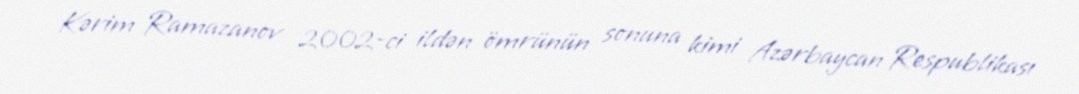
Kərim Ramazanov 2002-ci ildən ömrünün sonuna kimi Azərbaycan Respublikası